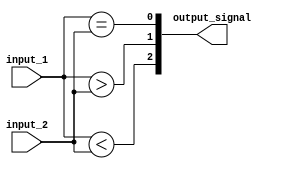
module comparator_16bit (
    input [15:0] input_1,
    input [15:0] input_2,
    output [2:0] output_signal
);

wire [15:0] equal, greater, less;

assign equal = (input_1 == input_2);
assign greater = (input_1 > input_2);
assign less = (input_1 < input_2);

assign output_signal[0] = equal;
assign output_signal[1] = greater;
assign output_signal[2] = less;

endmodule